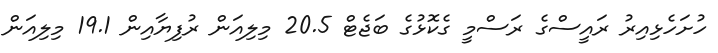
ހުށަހެޅިއިރު ރައީސްގެ ރަސްމީ ގެކޮޅުގެ ބަޖެޓް 20.5 މިލިއަން ރުފިޔާއިން 19.1 މިލިއަން